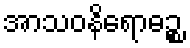
အာသဝနိရောဓဉ္စ